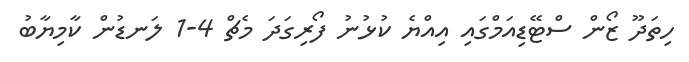
ހިތަދޫ ޒޯން ސްޓޭޑިއަމްގައި އިއްޔެ ކުޅުނު ފޯރިގަދަ މެޗް 4-1 ލަނޑުން ކާމިޔާބު